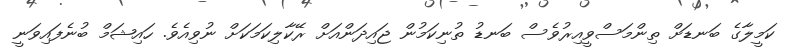
ކަމީލާގެ ބަނޑަށް ތިންމަސްވީއިރުވެސް ބަނޑު ތުނިކަމުން ޖައިދަންއަށް ރޭކާލިކަމަކަށް ނުވިއެވެ. ހައިޝަމް ބުނެފައިވަނީ